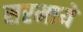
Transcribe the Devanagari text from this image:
सरमाये